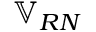
\mathbb { V } _ { R N }